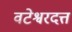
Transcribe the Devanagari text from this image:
वटेश्वरदत्त